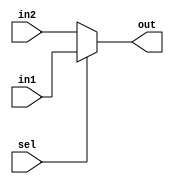
module MUX #(parameter WIDTH = 32)
(

input	wire		[WIDTH-1:0]		in1,
input	wire		[WIDTH-1:0]		in2,
input	wire						sel,

output	reg		[WIDTH-1:0]		out
);

always @(*)
 begin
	if (sel)	out = in1 ;
	else		out = in2 ;
 end

endmodule